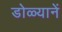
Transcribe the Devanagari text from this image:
डोळ्यानें